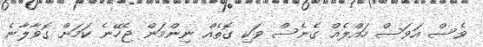
ވެސް އަވަސް ހައްލެއް ގެނެސް ވަކި ގޮތެއް ނިންމަން ޖެހޭނެ ކަމަށް ގޮވާލާނެ